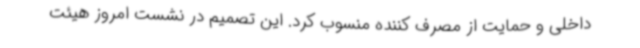
داخلی و حمایت از مصرف کننده منسوب کرد. این تصمیم در نشست امروز هیئت